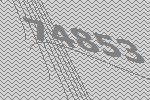
74853